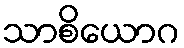
သာစိယောဂ